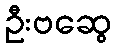
ဦးဗဆွေ